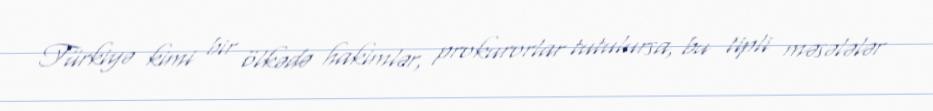
Türkiyə kimi bir ölkədə hakimlər, prokurorlar tutulursa, bu tipli məsələlər